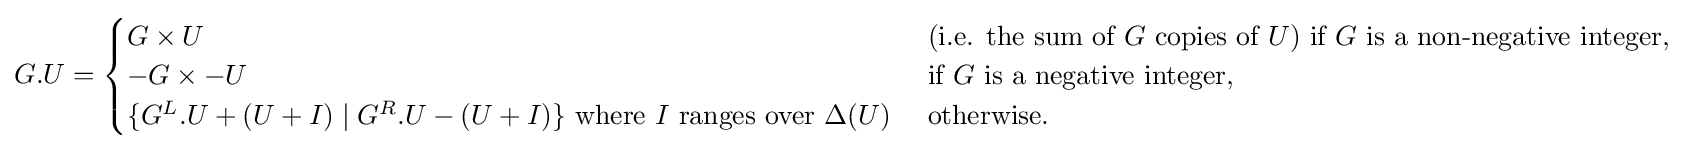
G.U={\begin{cases}G\times U&{\text{ (i.e. the sum of }}G{\text{ copies of }}U{\text{) if }}G{\text{ is a non-negative integer, }}\\-G\times -U&{\text{ if }}G{\text{ is a negative integer, }}\\\{G^{L}.U+(U+I)\mid G^{R}.U-(U+I)\}{\text{ where }}I{\text{ ranges over }}\Delta (U)&{\text{ otherwise. }}\end{cases}}